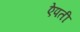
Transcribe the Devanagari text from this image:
ऐपती